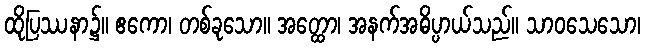
ထိုပြဿနာ၌။ ဧကော၊ တစ်ခုသော။ အတ္ထော၊ အနက်အဓိပ္ပာယ်သည်။ သာဝသေသော၊